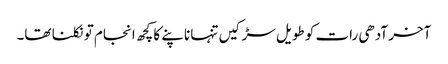
آخر آدھی رات کو طویل سڑکیں تنہا ناپنے کا کچھ انجام تو نکلنا تھا۔